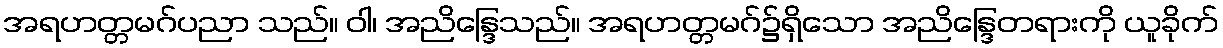
အရဟတ္တမဂ်ပညာ သည်။ ဝါ၊ အညိန္ဒြေသည်။ အရဟတ္တမဂ်၌ရှိသော အညိန္ဒြေတရားကို ယူခိုက်